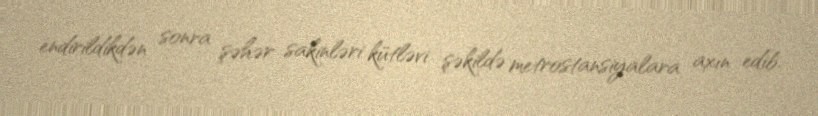
endirildikdən sonra şəhər sakinləri kütləvi şəkildə metrostansiyalara axın edib.